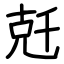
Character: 兛